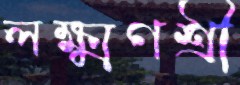
লক্ষ্মণশ্রী